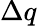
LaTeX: \Delta q